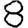
Digit: 8